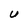
Character: U